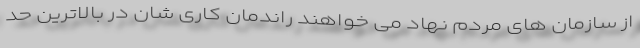
از سازمان های مردم نهاد می خواهند راندمان کاری شان در بالاترین حد